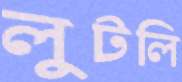
লুটলি